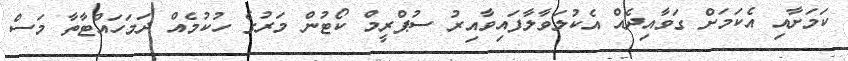
ކަމަށާއި އެކަމަށް ގަވާއިދެއް އެކުލަވާލާފައިވާއިރު ސުޕްރީމް ކޯޓުން މަރުގެ ހުކުމެއް ދަމަހައްޓާތާ މަސް